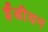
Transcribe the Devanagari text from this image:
ईंडीयन